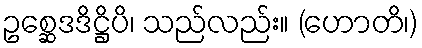
ဥစ္ဆေဒဒိဋ္ဌိပိ၊ သည်လည်း။ (ဟောတိ၊)